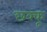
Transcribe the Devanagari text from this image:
छक्कू